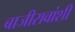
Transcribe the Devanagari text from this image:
बाजीरावांशी